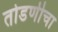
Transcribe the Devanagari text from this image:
तोडणीचा